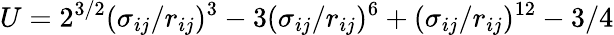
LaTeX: U=2^{3/2}(\sigma_{ij}/r_{ij})^{3}-3(\sigma_{ij}/r_{ij})^{6}+(\sigma_{ij}/r_{ij})^{12}-3/4